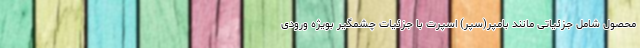
محصول شامل جزئیاتی مانند بامپر(سپر) اسپرت با جزئیات چشمگیر بویژه ورودی